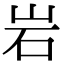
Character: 岩